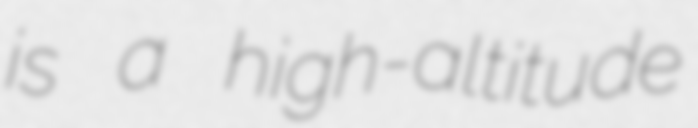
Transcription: is a high-altitude